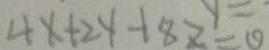
4 x + 2 y + 8 z = 0